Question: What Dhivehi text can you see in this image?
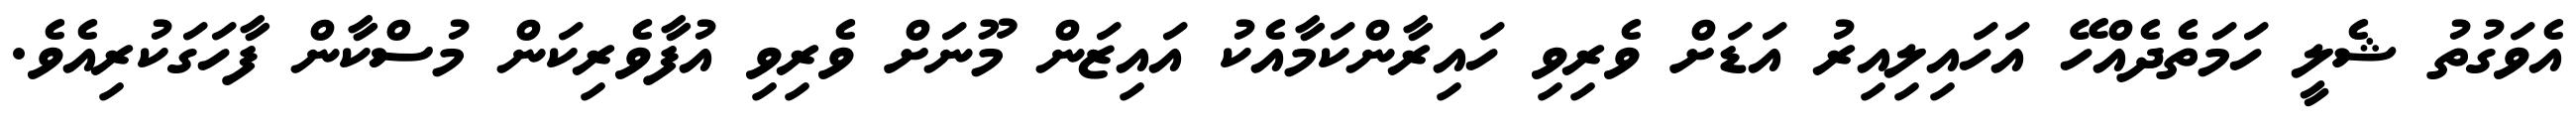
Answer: އެވަގުތު ޝެލީ ހަމަތެދެއްހޭ އަހައިލިއިރު އަޑަށް ވެރިވި ހައިރާންކަމާއެކު އައިޒަން މޫނަށް ވެރިވި އުފާވެރިކަން މުސްކާން ފާހަގަކުރިއެވެ.